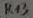
Text: R13